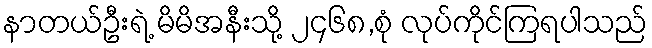
နာတယ်ဦးရဲ့ မိမိအနီးသို့ ၂၄၆၈,စုံ လုပ်ကိုင်ကြရပါသည်